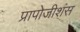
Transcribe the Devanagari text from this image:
प्रापोजीशंस